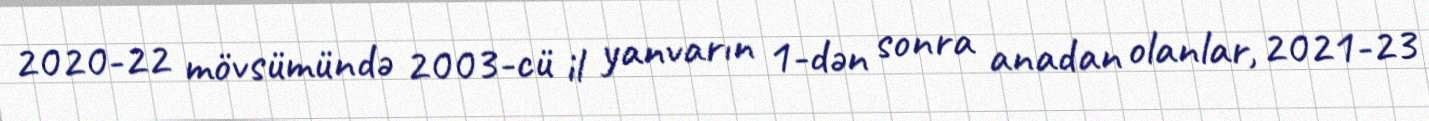
2020-22 mövsümündə 2003-cü il yanvarın 1-dən sonra anadan olanlar, 2021-23